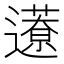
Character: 𨘎